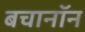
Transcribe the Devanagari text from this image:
बचानॉन